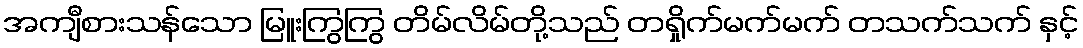
အကျီစားသန်သော မြူးကြွကြွ တိမ်လိမ်တို့သည် တရှိုက်မက်မက် တသက်သက် နှင့်